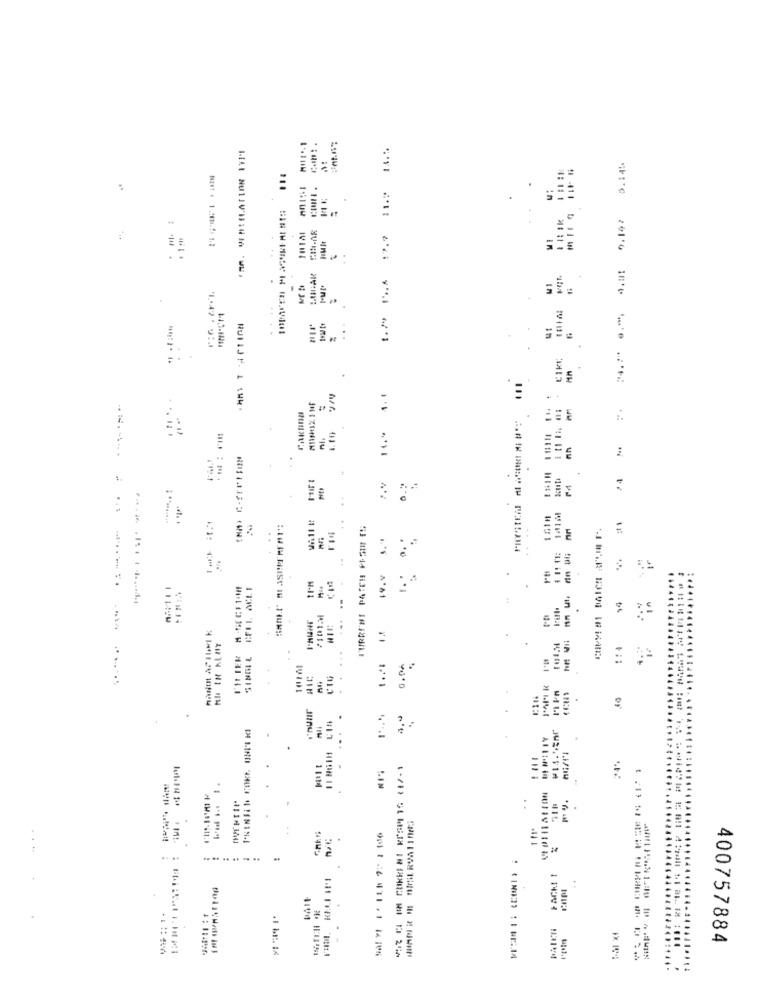
...
.=
Natt . 1.2011.5: 1.2
In
D 11 W
:-.
-
CIKE
=
-
.........
..
6.
1344
..
..
:
.. +
CELL ACLE
..
1 11484
HI IN ALAY
I'tt TER
..
17.1
of
...
.......
-
.....
=
. .
.. ..
......... .. ..
FACK! I
400757884
.................